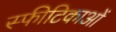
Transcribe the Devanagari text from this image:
स्फीटिकाओं